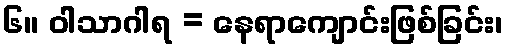
၆။ ဝါသာဂါရ = နေရာကျောင်းဖြစ်ခြင်း၊